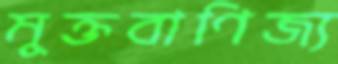
মুক্তবাণিজ্য